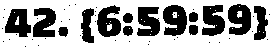
42. {6:59:59}